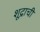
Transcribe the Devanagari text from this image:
शूद्राची